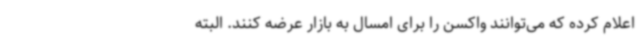
اعلام کرده که می‌توانند واکسن را برای امسال به بازار عرضه کنند. البته